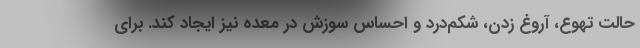
حالت تهوع، آروغ زدن، شکم‌درد و احساس سوزش در معده نیز ایجاد کند. برای